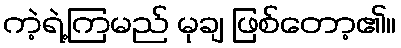
ကဲ့ရဲ့ကြမည် မုချ ဖြစ်တော့၏။